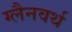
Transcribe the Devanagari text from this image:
ग्लैनवर्थ